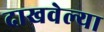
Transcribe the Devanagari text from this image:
दाखवेल्या